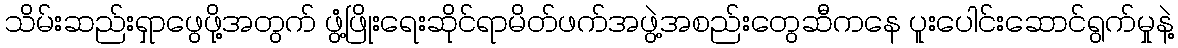
သိမ်းဆည်းရှာဖွေဖို့အတွက် ဖွံ့ဖြိုးရေးဆိုင်ရာမိတ်ဖက်အဖွဲ့အစည်းတွေဆီကနေ ပူးပေါင်းဆောင်ရွက်မှုနဲ့